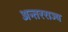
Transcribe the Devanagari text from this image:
अन्तरराज्य